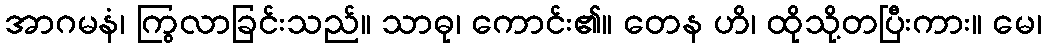
အာဂမနံ၊ ကြွလာခြင်းသည်။ သာဓု၊ ကောင်း၏။ တေန ဟိ၊ ထိုသို့တပြီးကား။ မေ၊